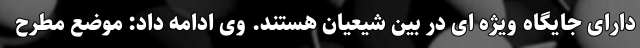
دارای جایگاه ویژه ای در بین شیعیان هستند. وی ادامه داد: موضع مطرح